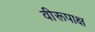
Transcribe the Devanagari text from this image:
वीरूपाक्ष